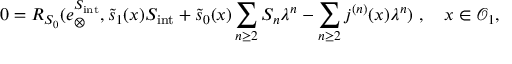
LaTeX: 0 = R _ { S _ { 0 } } ( e _ { \otimes } ^ { S _ { \mathrm { i n t } } } , \tilde { s } _ { 1 } ( x ) S _ { \mathrm { i n t } } + \tilde { s } _ { 0 } ( x ) \sum _ { n \ge 2 } S _ { n } \lambda ^ { n } - \sum _ { n \ge 2 } \d j ^ { ( n ) } ( x ) \lambda ^ { n } ) \ , \quad x \in \mathcal { O } _ { 1 } ,